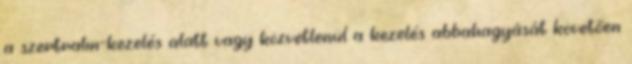
a szertralin-kezelés alatt vagy közvetlenül a kezelés abbahagyását követően